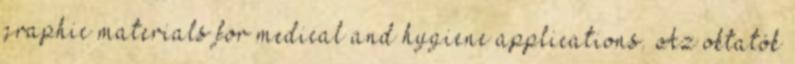
graphic materials for medical and hygiene applications. Az oktatók